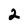
Character: 2